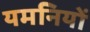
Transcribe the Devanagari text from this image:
यमनियों